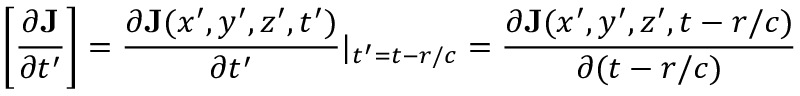
\left[ \frac { \partial \mathbf { J } } { \partial t ^ { \prime } } \right] = \frac { \partial \mathbf { J } ( x ^ { \prime } , y ^ { \prime } , z ^ { \prime } , t ^ { \prime } ) } { \partial t ^ { \prime } } | _ { t ^ { \prime } = t - r / c } = \frac { \partial \mathbf { J } ( x ^ { \prime } , y ^ { \prime } , z ^ { \prime } , t - r / c ) } { \partial ( t - r / c ) }